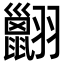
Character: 𦒩